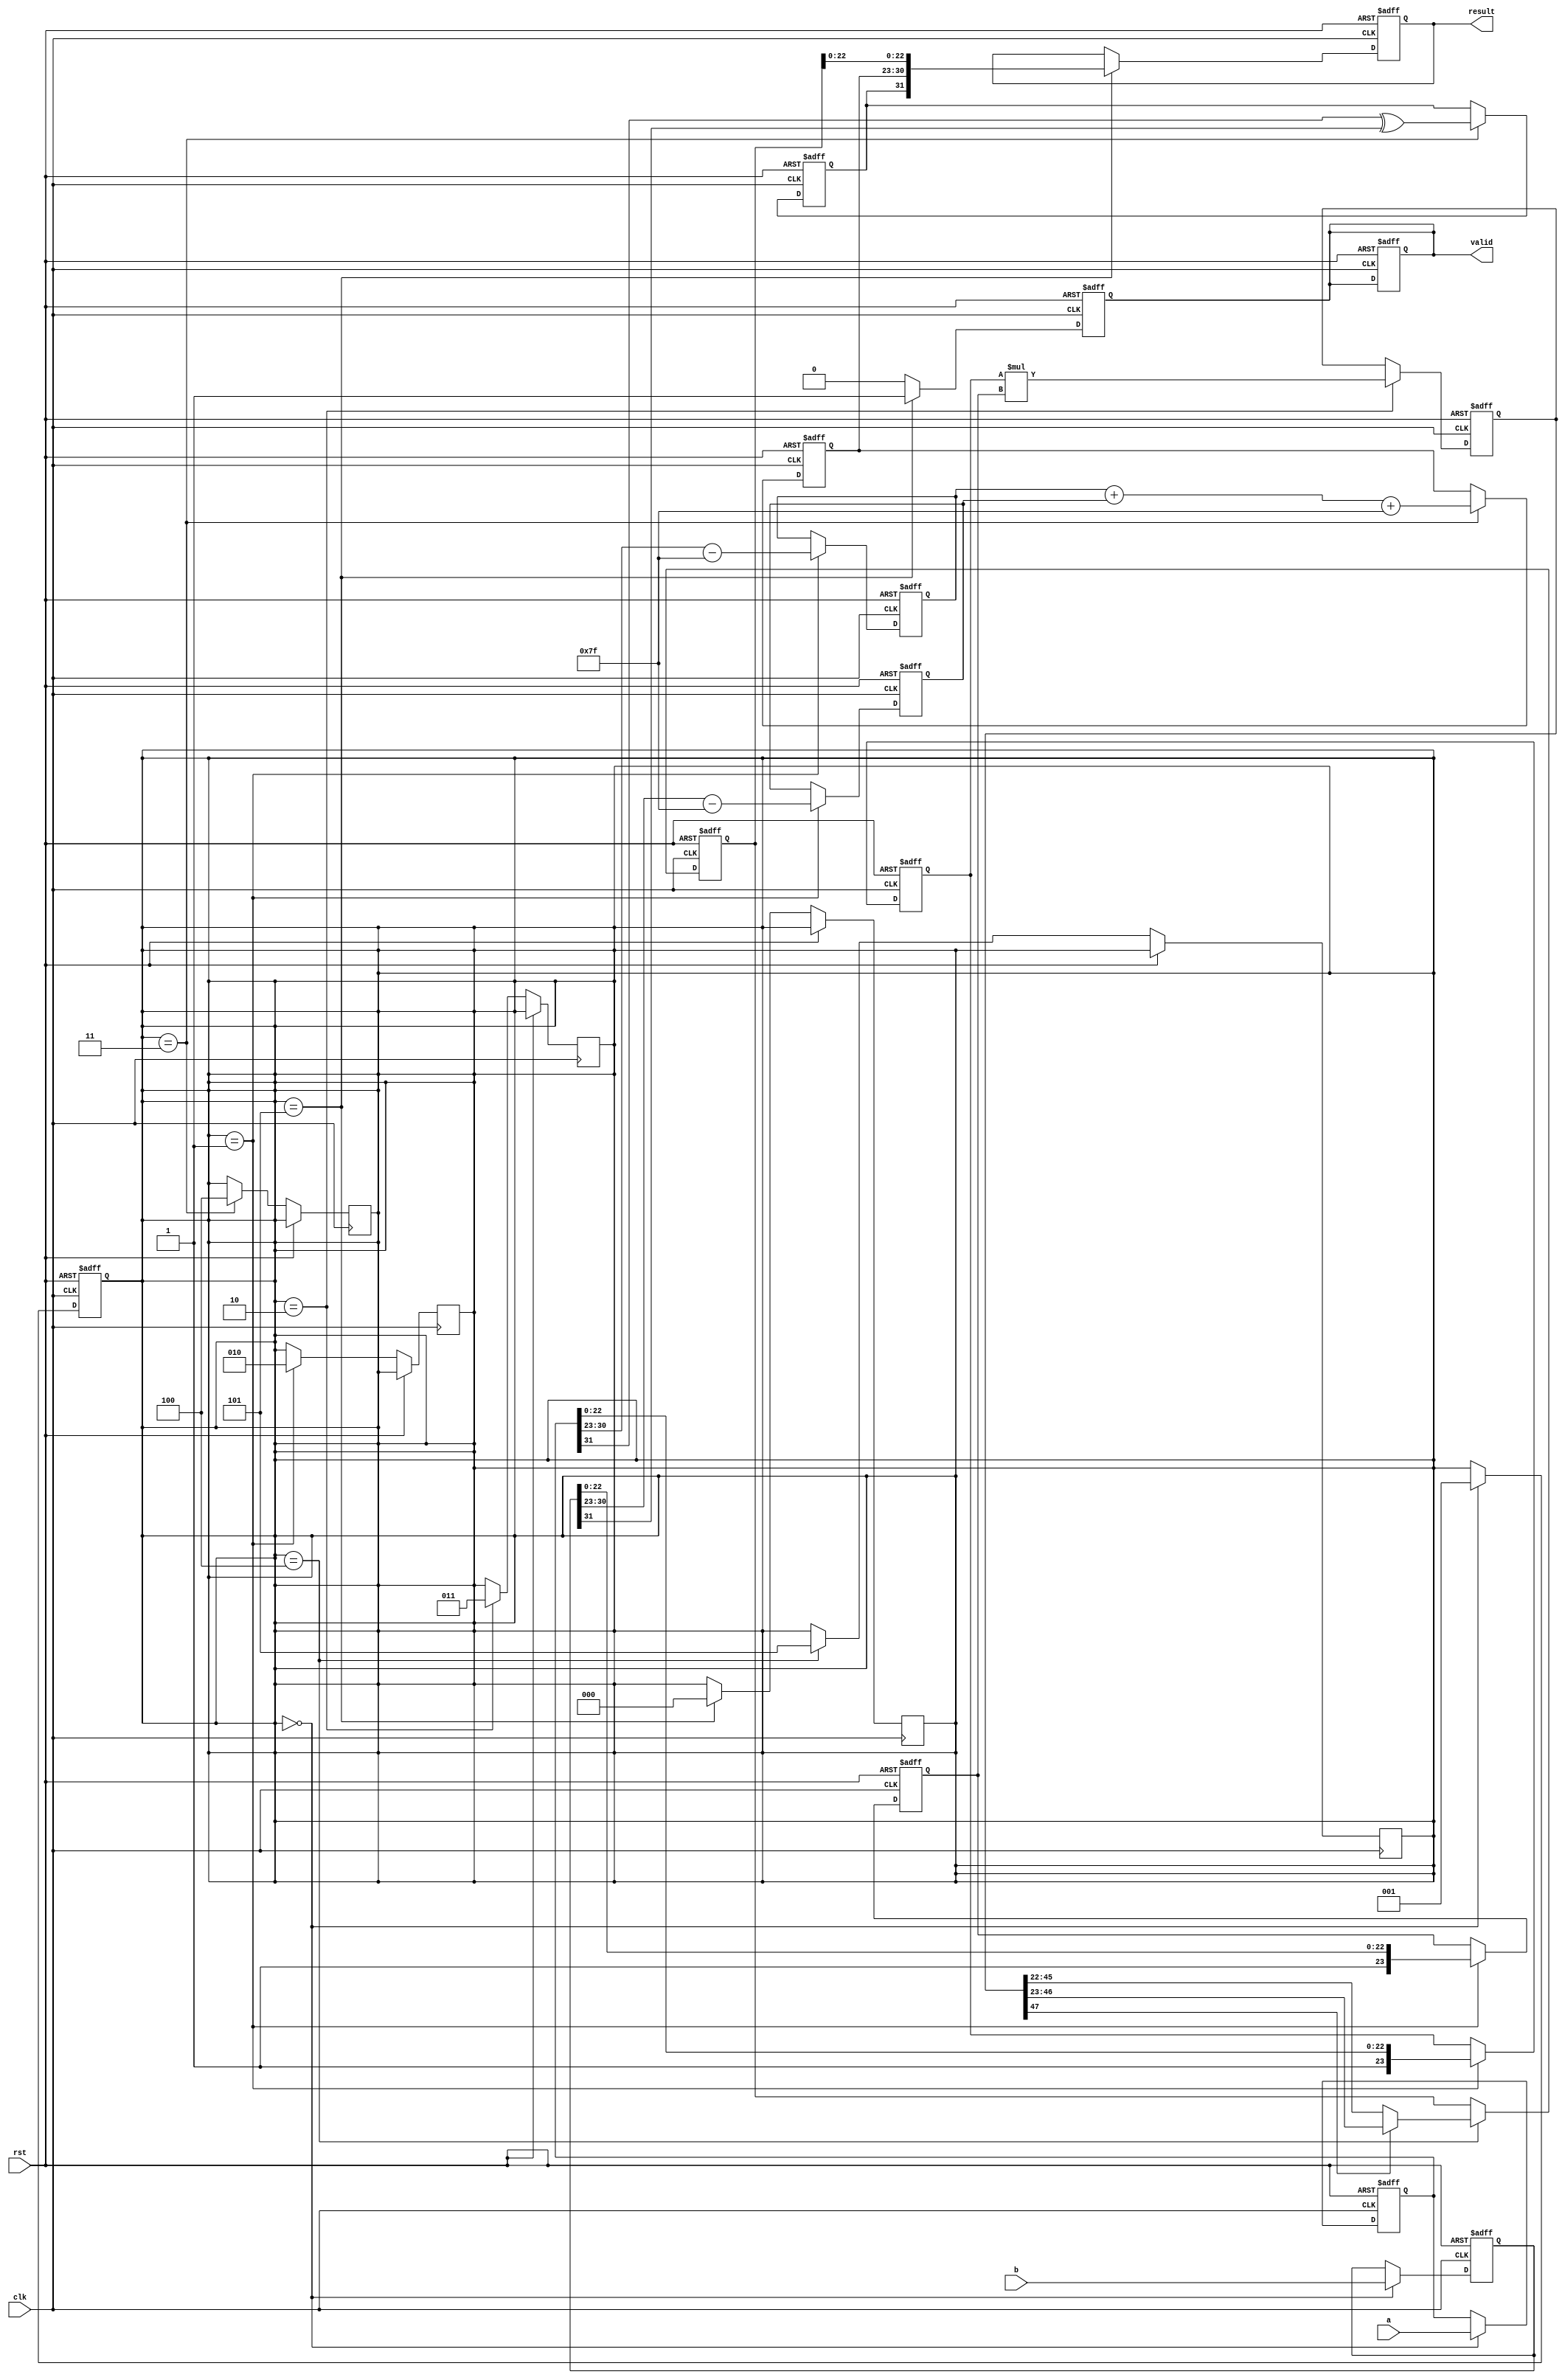
module pipelined_fp_multiplier (
    input clk,
    input rst,
    input [31:0] a, // First floating-point operand
    input [31:0] b, // Second floating-point operand
    output reg [31:0] result, // Result of multiplication
    output reg valid // Indicates when the result is valid
);

    // Pipeline registers
    reg [31:0] a_reg, b_reg; // Input stage
    reg [7:0] exp_a, exp_b; // Exponent stage
    reg [23:0] mant_a, mant_b; // Mantissa stage
    reg [47:0] mant_product; // Product of mantissas
    reg [7:0] exp_result; // Result exponent
    reg sign_result; // Result sign
    reg [23:0] mant_result; // Result mantissa
    reg [4:0] shift_count; // Shift count for normalization

    // Control signals
    reg [2:0] stage; // Pipeline stage indicator

    // Constants
    localparam BIAS = 127;

    // Stage 0: Input Stage
    always @(posedge clk or posedge rst) begin
        if (rst) begin
            a_reg <= 32'b0;
            b_reg <= 32'b0;
            stage <= 3'b000;
            valid <= 1'b0;
        end else begin
            if (stage == 3'b000) begin
                a_reg <= a;
                b_reg <= b;
                stage <= 3'b001;
            end
        end
    end

    // Stage 1: Normalization Stage
    always @(posedge clk or posedge rst) begin
        if (rst) begin
            exp_a <= 8'b0;
            exp_b <= 8'b0;
            mant_a <= 24'b0;
            mant_b <= 24'b0;
        end else if (stage == 3'b001) begin
            exp_a <= a_reg[30:23] - BIAS; // Extract exponent and adjust
            exp_b <= b_reg[30:23] - BIAS;
            mant_a <= {1'b1, a_reg[22:0]}; // Add implicit leading 1
            mant_b <= {1'b1, b_reg[22:0]};
            stage <= 3'b010;
        end
    end

    // Stage 2: Multiplication Stage
    always @(posedge clk or posedge rst) begin
        if (rst) begin
            mant_product <= 48'b0;
        end else if (stage == 3'b010) begin
            mant_product <= mant_a * mant_b; // Multiply mantissas
            stage <= 3'b011;
        end
    end

    // Stage 3: Exponent Calculation Stage
    always @(posedge clk or posedge rst) begin
        if (rst) begin
            exp_result <= 8'b0;
            sign_result <= 1'b0;
        end else if (stage == 3'b011) begin
            exp_result <= exp_a + exp_b + BIAS; // Add exponents and bias
            sign_result <= a_reg[31] ^ b_reg[31]; // XOR for sign
            stage <= 3'b100;
        end
    end

    // Stage 4: Normalization Output Stage
    always @(posedge clk or posedge rst) begin
        if (rst) begin
            mant_result <= 24'b0;
            shift_count <= 5'b0;
        end else if (stage == 3'b100) begin
            // Normalize the product
            if (mant_product[47]) begin
                mant_result <= mant_product[46:23]; // Shift right
            end else begin
                mant_result <= mant_product[45:22]; // Shift right
                shift_count <= 1; // Increment shift count
            end
            stage <= 3'b101;
        end
    end

    // Stage 5: Output Stage
    always @(posedge clk or posedge rst) begin
        if (rst) begin
            result <= 32'b0;
            valid <= 1'b0;
        end else if (stage == 3'b101) begin
            result <= {sign_result, exp_result, mant_result[22:0]}; // Combine
            valid <= 1'b1; // Indicate result is valid
            stage <= 3'b000; // Reset stage for next operation
        end else begin
            valid <= 1'b0; // Reset valid signal if not in output stage
        end
    end

endmodule